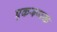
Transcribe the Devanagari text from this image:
एकरूपक